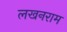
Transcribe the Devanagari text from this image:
लखनराम